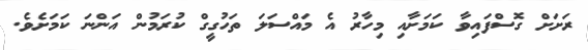
ރަށަށް ގޮސްފައިވާ ކަމަށާއި މިހާރު އެ މައްސަލަ ތަހުގީގް ކުރަމުން އަންނަ ކަމަށެވެ.